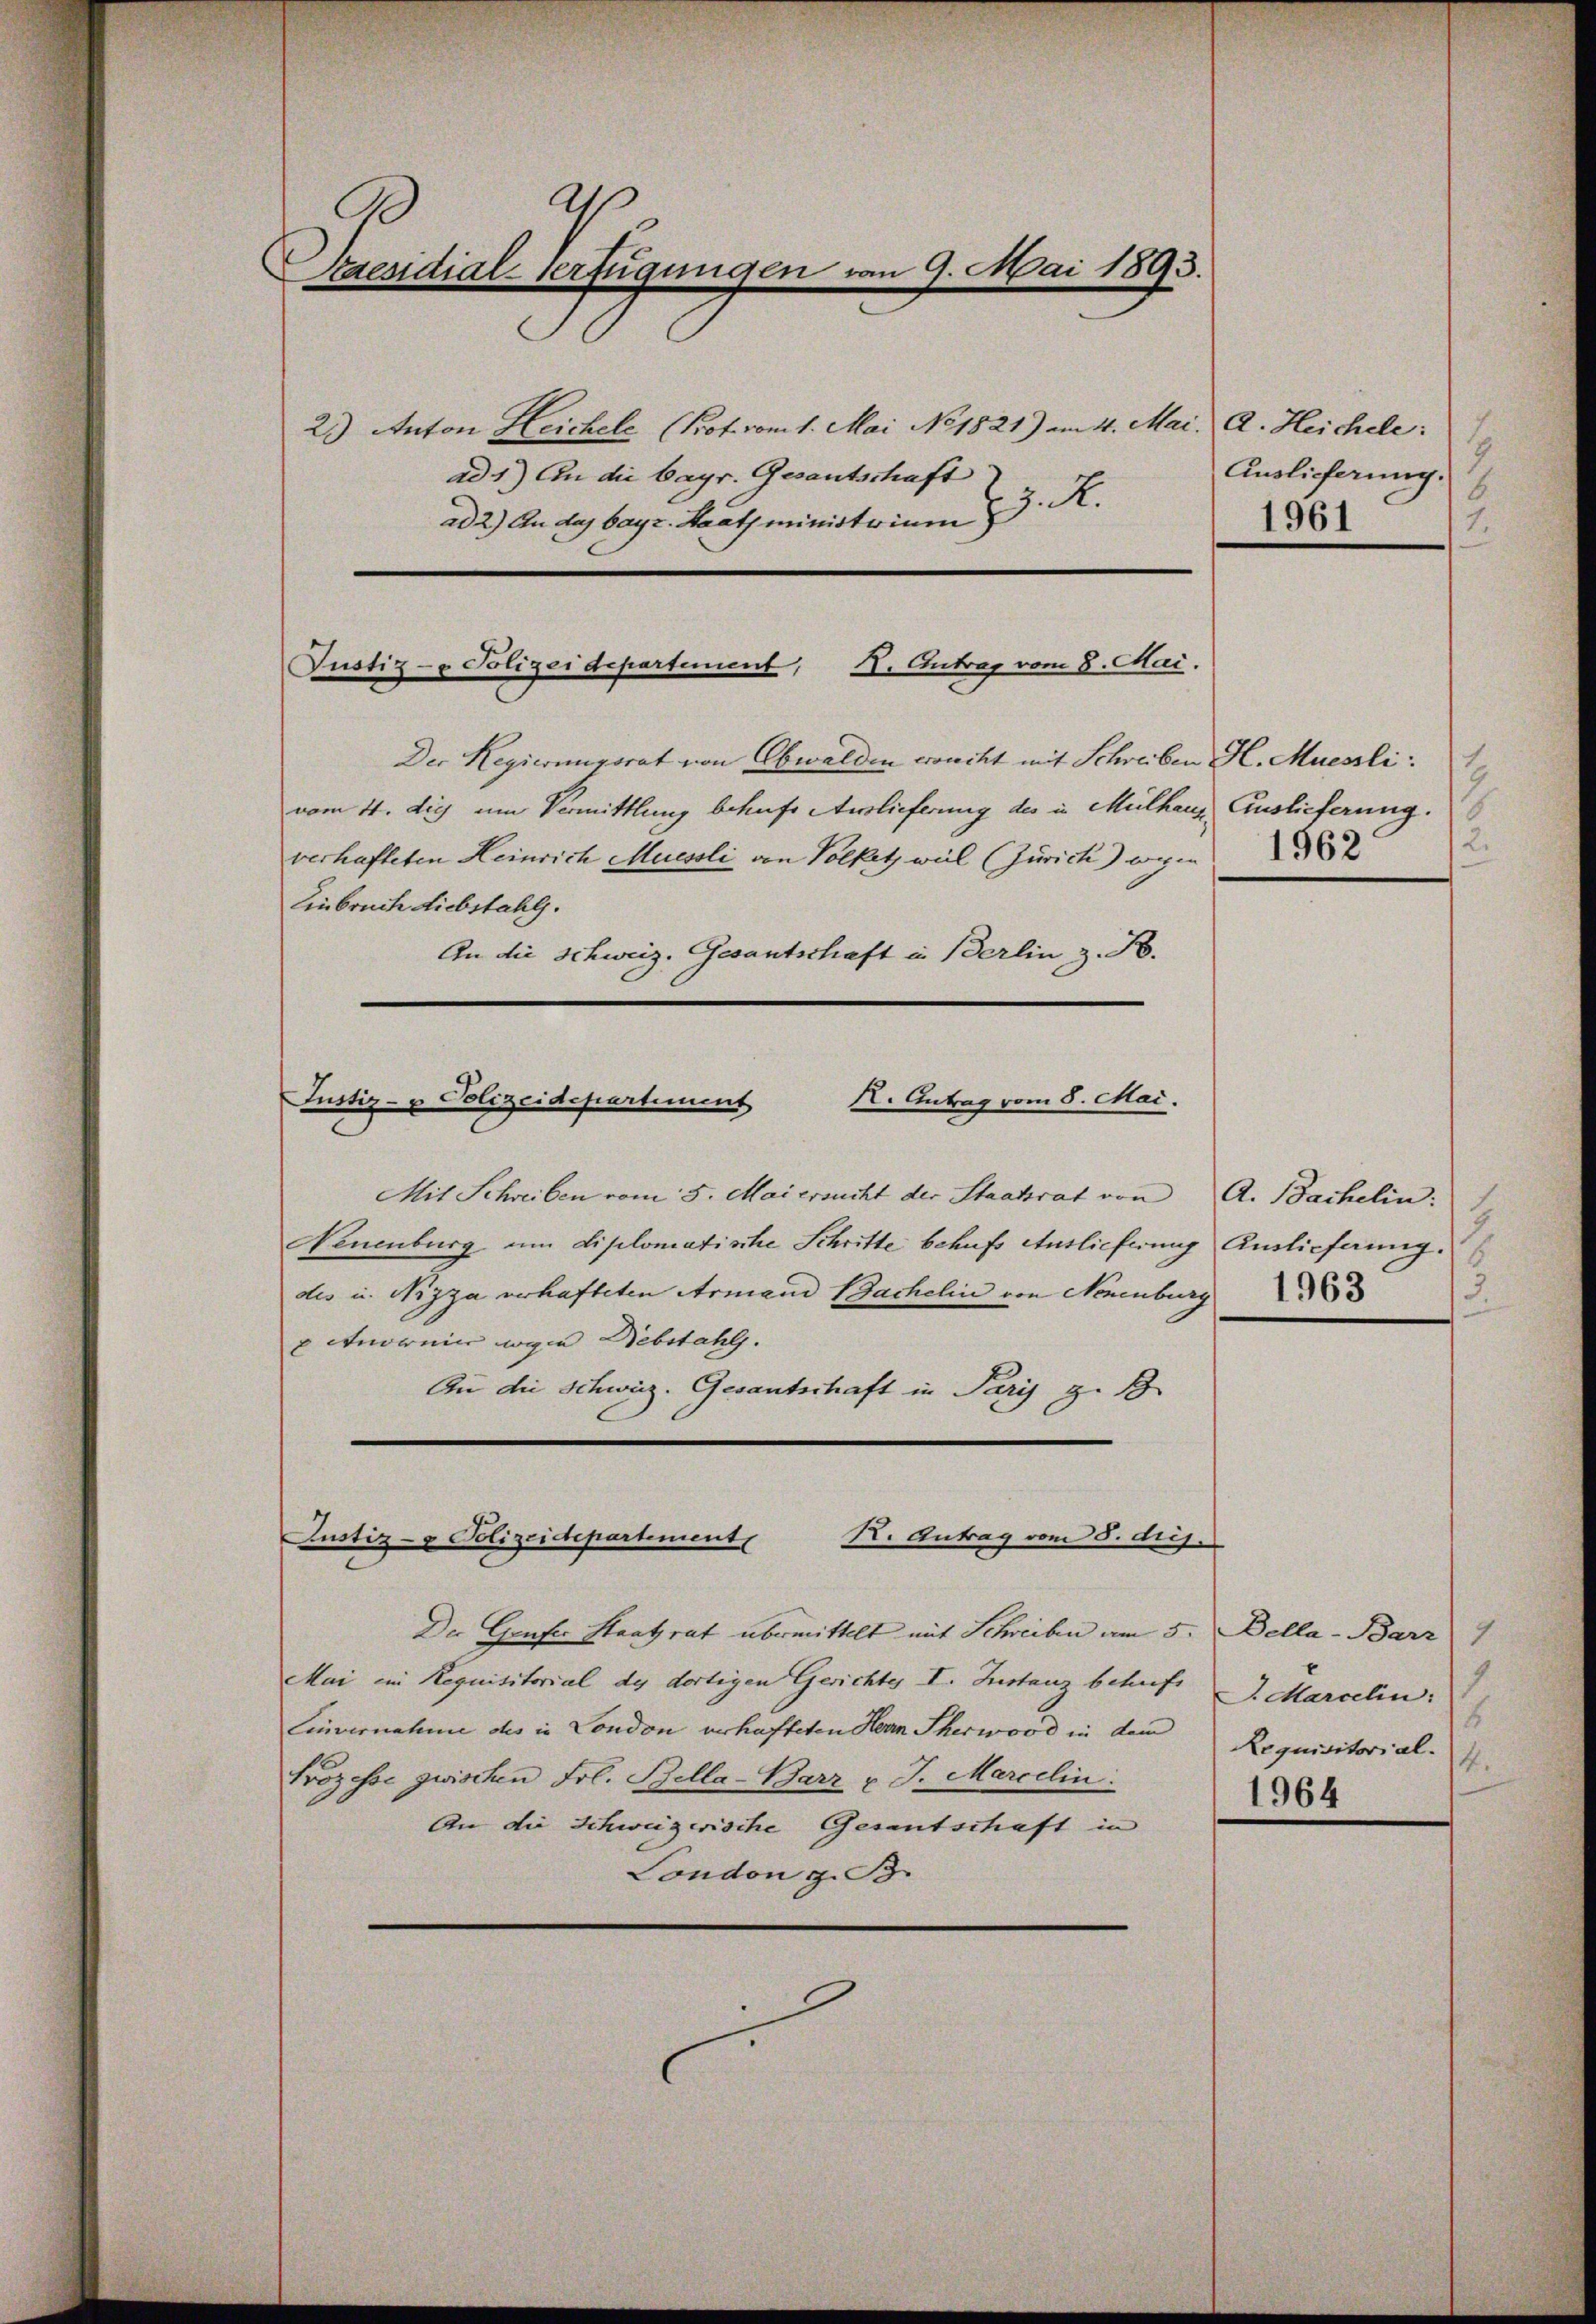
2
.
Desidial-Verfügungen vom 9. Mai 1893.

23) Anton Leichele (Prof. vom 1. Mai No 1821) am 4. Mai. A. Heichele:
ad 1) An die bayr. Gesantschaft
z. R.
ad 2.) An das bayr. Staatsministrium

Der Regierungsrat von Obwalden kranckt mit Schreiben H. Muessli
vom 11. die um Vermittlung betrafe Auslieferung des in Mülhaus Auslieferung.
verhafteten Heinrich Muessli von Volketz weil (Zürich) wegen
Einbruch Liebstahl.
An die Schweiz. Gesantschaft in Berlin z. B.
Mit Schreiben vom 5. Mai ersucht der Staatrat von A. Bachelin.
Neuenburg am Diplomatische Schritte behufs Auslieferung Auslieferung.
dis u. Nizza verhafteten Armand Bachelin von Neuenburg
 normier wegen Diebstahl.
An die Schweiz. Gesantschaft in Paris z. B

X. Antrag vom 8. Mai.
Justiz- & Polizeidepartement,

K. Antrag vom 5. Mai.
Justiz- u Polizeidepartement

Justiz- & Polizeidepartement
Br. Antrag vom 8. diej

Der Genfer Staatsrat übermittelt mit Schreiben am 5.
Mai im Requisitorial de dortigen Gerichtes I. Instanz behufs J. Marcelin:
Einvernahme des in London verhafteten Herrn Scherword in dem
Prozesse zwischen Frl. Bella-Barz v. J. Marcelin:
An die Schweizerische Gesantschaft in
London z. B.

Auslieferung.
6
1961
1.

4
2.

1
3.
1963

Bella-Barz
¬
7
8
Requisitorial.
4.
1964